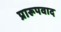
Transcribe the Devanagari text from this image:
प्रारूपवाद